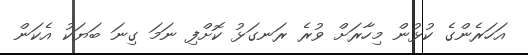
އަހަރެންގެ ކުޅުން މިހާރަށް ވުރެ ރަނގަޅު ކޮށްފި ނަމަ ގިނަ ބަޔަކު އެކަން